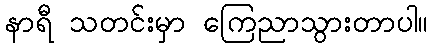
နာရီ သတင်းမှာ ကြေညာသွားတာပါ။